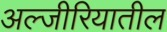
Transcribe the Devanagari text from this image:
अल्जीरियातील